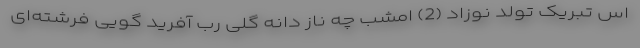
اس تبریک تولد نوزاد (2) امشب چه ناز دانه گلی رب آفرید گویی فرشته‌ای